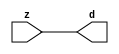

//------> /package/eda/mg/Catapult_10.3d/Mgc_home/pkgs/siflibs/mgc_in_wire_v2.v 
//------------------------------------------------------------------------------
// Catapult Synthesis - Sample I/O Port Library
//
// Copyright (c) 2003-2017 Mentor Graphics Corp.
//       All Rights Reserved
//
// This document may be used and distributed without restriction provided that
// this copyright statement is not removed from the file and that any derivative
// work contains this copyright notice.
//
// The design information contained in this file is intended to be an example
// of the functionality which the end user may study in preparation for creating
// their own custom interfaces. This design does not necessarily present a 
// complete implementation of the named protocol or standard.
//
//------------------------------------------------------------------------------


module mgc_in_wire_v2 (d, z);

  parameter integer rscid = 1;
  parameter integer width = 8;

  output [width-1:0] d;
  input  [width-1:0] z;

  wire   [width-1:0] d;

  assign d = z;

endmodule


//------> /package/eda/mg/Catapult_10.3d/Mgc_home/pkgs/siflibs/ccs_in_v1.v 
//------------------------------------------------------------------------------
// Catapult Synthesis - Sample I/O Port Library
//
// Copyright (c) 2003-2017 Mentor Graphics Corp.
//       All Rights Reserved
//
// This document may be used and distributed without restriction provided that
// this copyright statement is not removed from the file and that any derivative
// work contains this copyright notice.
//
// The design information contained in this file is intended to be an example
// of the functionality which the end user may study in preparation for creating
// their own custom interfaces. This design does not necessarily present a 
// complete implementation of the named protocol or standard.
//
//------------------------------------------------------------------------------


module ccs_in_v1 (idat, dat);

  parameter integer rscid = 1;
  parameter integer width = 8;

  output [width-1:0] idat;
  input  [width-1:0] dat;

  wire   [width-1:0] idat;

  assign idat = dat;

endmodule


//------> /package/eda/mg/Catapult_10.3d/Mgc_home/pkgs/siflibs/ccs_out_v1.v 
//------------------------------------------------------------------------------
// Catapult Synthesis - Sample I/O Port Library
//
// Copyright (c) 2003-2015 Mentor Graphics Corp.
//       All Rights Reserved
//
// This document may be used and distributed without restriction provided that
// this copyright statement is not removed from the file and that any derivative
// work contains this copyright notice.
//
// The design information contained in this file is intended to be an example
// of the functionality which the end user may study in preparation for creating
// their own custom interfaces. This design does not necessarily present a 
// complete implementation of the named protocol or standard.
//
//------------------------------------------------------------------------------

module ccs_out_v1 (dat, idat);

  parameter integer rscid = 1;
  parameter integer width = 8;

  output   [width-1:0] dat;
  input    [width-1:0] idat;

  wire     [width-1:0] dat;

  assign dat = idat;

endmodule




//------> /package/eda/mg/Catapult_10.3d/Mgc_home/pkgs/siflibs/mgc_io_sync_v2.v 
//------------------------------------------------------------------------------
// Catapult Synthesis - Sample I/O Port Library
//
// Copyright (c) 2003-2017 Mentor Graphics Corp.
//       All Rights Reserved
//
// This document may be used and distributed without restriction provided that
// this copyright statement is not removed from the file and that any derivative
// work contains this copyright notice.
//
// The design information contained in this file is intended to be an example
// of the functionality which the end user may study in preparation for creating
// their own custom interfaces. This design does not necessarily present a 
// complete implementation of the named protocol or standard.
//
//------------------------------------------------------------------------------


module mgc_io_sync_v2 (ld, lz);
    parameter valid = 0;

    input  ld;
    output lz;

    wire   lz;

    assign lz = ld;

endmodule


//------> ./rtl.v 
// ----------------------------------------------------------------------
//  HLS HDL:        Verilog Netlister
//  HLS Version:    10.3d/815731 Production Release
//  HLS Date:       Wed Apr 24 14:54:19 PDT 2019
// 
//  Generated by:   695r48@ecegrid-thin4.ecn.purdue.edu
//  Generated date: Wed Nov 10 16:27:37 2021
// ----------------------------------------------------------------------

// 
// ------------------------------------------------------------------
//  Design Unit:    fir_core
// ------------------------------------------------------------------


module fir_core (
  clk, rst, coeffs_rsc_z, coeffs_rsc_triosy_lz, in1_rsc_dat, in1_rsc_triosy_lz, out1_rsc_dat,
      out1_rsc_triosy_lz
);
  input clk;
  input rst;
  input [511:0] coeffs_rsc_z;
  output coeffs_rsc_triosy_lz;
  input [15:0] in1_rsc_dat;
  output in1_rsc_triosy_lz;
  output [15:0] out1_rsc_dat;
  output out1_rsc_triosy_lz;


  // Interconnect Declarations
  wire [511:0] coeffs_rsci_d;
  wire [15:0] in1_rsci_idat;
  reg [15:0] out1_rsci_idat;
  reg out1_rsc_triosy_obj_ld;
  reg main_stage_0_3;
  reg reg_in1_rsc_triosy_obj_ld_cse;
  reg [15:0] regs_1_sva;
  reg [15:0] regs_0_sva;
  reg [15:0] MAC_asn_itm;
  reg [15:0] MAC_asn_62_itm;
  reg [15:0] MAC_asn_64_itm;
  reg [15:0] MAC_asn_65_itm;
  reg [15:0] MAC_asn_66_itm;
  reg [15:0] MAC_asn_67_itm;
  reg [15:0] MAC_asn_68_itm;
  reg [15:0] MAC_asn_69_itm;
  reg [15:0] MAC_asn_70_itm;
  reg [15:0] MAC_asn_71_itm;
  reg [15:0] MAC_asn_72_itm;
  reg [15:0] MAC_asn_73_itm;
  reg [15:0] MAC_asn_74_itm;
  reg [15:0] MAC_asn_75_itm;
  reg [15:0] MAC_asn_76_itm;
  reg [15:0] MAC_asn_77_itm;
  reg [15:0] MAC_asn_78_itm;
  reg [15:0] MAC_asn_79_itm;
  reg [15:0] MAC_asn_80_itm;
  reg [15:0] MAC_asn_81_itm;
  reg [15:0] MAC_asn_82_itm;
  reg [15:0] MAC_asn_83_itm;
  reg [15:0] MAC_asn_84_itm;
  reg [15:0] MAC_asn_85_itm;
  reg [15:0] MAC_asn_86_itm;
  reg [15:0] MAC_asn_87_itm;
  reg [15:0] MAC_asn_88_itm;
  reg [15:0] MAC_asn_89_itm;
  reg [15:0] MAC_asn_90_itm;
  reg [29:0] MAC_1_mul_itm_1;
  wire signed [32:0] nl_MAC_1_mul_itm_1;
  reg [29:0] MAC_2_mul_itm_1;
  wire signed [32:0] nl_MAC_2_mul_itm_1;
  reg [29:0] MAC_3_mul_itm_1;
  wire signed [32:0] nl_MAC_3_mul_itm_1;
  reg [29:0] MAC_4_mul_itm_1;
  wire signed [32:0] nl_MAC_4_mul_itm_1;
  reg [29:0] MAC_5_mul_itm_1;
  wire signed [32:0] nl_MAC_5_mul_itm_1;
  reg [29:0] MAC_6_mul_itm_1;
  wire signed [32:0] nl_MAC_6_mul_itm_1;
  reg [29:0] MAC_7_mul_itm_1;
  wire signed [32:0] nl_MAC_7_mul_itm_1;
  reg [29:0] MAC_8_mul_itm_1;
  wire signed [32:0] nl_MAC_8_mul_itm_1;
  reg [29:0] MAC_acc_17_itm_1;
  wire [30:0] nl_MAC_acc_17_itm_1;
  reg [29:0] MAC_9_mul_itm_1;
  wire signed [32:0] nl_MAC_9_mul_itm_1;
  reg [29:0] MAC_10_mul_itm_1;
  wire signed [32:0] nl_MAC_10_mul_itm_1;
  reg [29:0] MAC_11_mul_itm_1;
  wire signed [32:0] nl_MAC_11_mul_itm_1;
  reg [29:0] MAC_12_mul_itm_1;
  wire signed [32:0] nl_MAC_12_mul_itm_1;
  reg [29:0] MAC_13_mul_itm_1;
  wire signed [32:0] nl_MAC_13_mul_itm_1;
  reg [29:0] MAC_14_mul_itm_1;
  wire signed [32:0] nl_MAC_14_mul_itm_1;
  reg [29:0] MAC_15_mul_itm_1;
  wire signed [32:0] nl_MAC_15_mul_itm_1;
  reg [29:0] MAC_16_mul_itm_1;
  wire signed [32:0] nl_MAC_16_mul_itm_1;
  reg [29:0] MAC_acc_itm_1;
  wire [30:0] nl_MAC_acc_itm_1;

  wire[29:0] MAC_16_acc_2_nl;
  wire[30:0] nl_MAC_16_acc_2_nl;
  wire[29:0] MAC_acc_15_nl;
  wire[30:0] nl_MAC_acc_15_nl;
  wire[29:0] MAC_acc_11_nl;
  wire[30:0] nl_MAC_acc_11_nl;
  wire[29:0] MAC_acc_10_nl;
  wire[30:0] nl_MAC_acc_10_nl;
  wire[29:0] MAC_acc_14_nl;
  wire[30:0] nl_MAC_acc_14_nl;
  wire[29:0] MAC_acc_9_nl;
  wire[30:0] nl_MAC_acc_9_nl;
  wire[29:0] MAC_acc_8_nl;
  wire[30:0] nl_MAC_acc_8_nl;
  wire[29:0] MAC_acc_13_nl;
  wire[30:0] nl_MAC_acc_13_nl;
  wire[29:0] MAC_acc_7_nl;
  wire[30:0] nl_MAC_acc_7_nl;
  wire[29:0] MAC_acc_6_nl;
  wire[30:0] nl_MAC_acc_6_nl;
  wire[29:0] MAC_acc_16_nl;
  wire[30:0] nl_MAC_acc_16_nl;
  wire[29:0] MAC_acc_5_nl;
  wire[30:0] nl_MAC_acc_5_nl;
  wire[29:0] MAC_acc_12_nl;
  wire[30:0] nl_MAC_acc_12_nl;
  wire[16:0] MAC_9_acc_3_nl;
  wire[17:0] nl_MAC_9_acc_3_nl;
  wire[16:0] MAC_10_acc_3_nl;
  wire[17:0] nl_MAC_10_acc_3_nl;
  wire[16:0] MAC_11_acc_3_nl;
  wire[17:0] nl_MAC_11_acc_3_nl;
  wire[16:0] MAC_12_acc_3_nl;
  wire[17:0] nl_MAC_12_acc_3_nl;
  wire[16:0] MAC_13_acc_3_nl;
  wire[17:0] nl_MAC_13_acc_3_nl;
  wire[16:0] MAC_14_acc_3_nl;
  wire[17:0] nl_MAC_14_acc_3_nl;
  wire[16:0] MAC_15_acc_3_nl;
  wire[17:0] nl_MAC_15_acc_3_nl;
  wire[16:0] MAC_16_acc_3_nl;
  wire[17:0] nl_MAC_16_acc_3_nl;
  wire[16:0] MAC_1_acc_3_nl;
  wire[17:0] nl_MAC_1_acc_3_nl;
  wire[16:0] MAC_2_acc_3_nl;
  wire[17:0] nl_MAC_2_acc_3_nl;
  wire[16:0] MAC_3_acc_3_nl;
  wire[17:0] nl_MAC_3_acc_3_nl;
  wire[16:0] MAC_4_acc_3_nl;
  wire[17:0] nl_MAC_4_acc_3_nl;
  wire[16:0] MAC_5_acc_3_nl;
  wire[17:0] nl_MAC_5_acc_3_nl;
  wire[16:0] MAC_6_acc_3_nl;
  wire[17:0] nl_MAC_6_acc_3_nl;
  wire[16:0] MAC_7_acc_3_nl;
  wire[17:0] nl_MAC_7_acc_3_nl;
  wire[16:0] MAC_8_acc_3_nl;
  wire[17:0] nl_MAC_8_acc_3_nl;

  // Interconnect Declarations for Component Instantiations 
  mgc_in_wire_v2 #(.rscid(32'sd1),
  .width(32'sd512)) coeffs_rsci (
      .d(coeffs_rsci_d),
      .z(coeffs_rsc_z)
    );
  ccs_in_v1 #(.rscid(32'sd2),
  .width(32'sd16)) in1_rsci (
      .dat(in1_rsc_dat),
      .idat(in1_rsci_idat)
    );
  ccs_out_v1 #(.rscid(32'sd3),
  .width(32'sd16)) out1_rsci (
      .idat(out1_rsci_idat),
      .dat(out1_rsc_dat)
    );
  mgc_io_sync_v2 #(.valid(32'sd0)) coeffs_rsc_triosy_obj (
      .ld(reg_in1_rsc_triosy_obj_ld_cse),
      .lz(coeffs_rsc_triosy_lz)
    );
  mgc_io_sync_v2 #(.valid(32'sd0)) in1_rsc_triosy_obj (
      .ld(reg_in1_rsc_triosy_obj_ld_cse),
      .lz(in1_rsc_triosy_lz)
    );
  mgc_io_sync_v2 #(.valid(32'sd0)) out1_rsc_triosy_obj (
      .ld(out1_rsc_triosy_obj_ld),
      .lz(out1_rsc_triosy_lz)
    );
  always @(posedge clk) begin
    if ( rst ) begin
      out1_rsc_triosy_obj_ld <= 1'b0;
      MAC_acc_17_itm_1 <= 30'b000000000000000000000000000000;
      MAC_acc_itm_1 <= 30'b000000000000000000000000000000;
      reg_in1_rsc_triosy_obj_ld_cse <= 1'b0;
      main_stage_0_3 <= 1'b0;
      MAC_9_mul_itm_1 <= 30'b000000000000000000000000000000;
      MAC_10_mul_itm_1 <= 30'b000000000000000000000000000000;
      MAC_11_mul_itm_1 <= 30'b000000000000000000000000000000;
      MAC_12_mul_itm_1 <= 30'b000000000000000000000000000000;
      MAC_13_mul_itm_1 <= 30'b000000000000000000000000000000;
      MAC_14_mul_itm_1 <= 30'b000000000000000000000000000000;
      MAC_15_mul_itm_1 <= 30'b000000000000000000000000000000;
      MAC_16_mul_itm_1 <= 30'b000000000000000000000000000000;
      MAC_1_mul_itm_1 <= 30'b000000000000000000000000000000;
      MAC_2_mul_itm_1 <= 30'b000000000000000000000000000000;
      MAC_3_mul_itm_1 <= 30'b000000000000000000000000000000;
      MAC_4_mul_itm_1 <= 30'b000000000000000000000000000000;
      MAC_5_mul_itm_1 <= 30'b000000000000000000000000000000;
      MAC_6_mul_itm_1 <= 30'b000000000000000000000000000000;
      MAC_7_mul_itm_1 <= 30'b000000000000000000000000000000;
      MAC_8_mul_itm_1 <= 30'b000000000000000000000000000000;
      MAC_asn_89_itm <= 16'b0000000000000000;
      MAC_asn_90_itm <= 16'b0000000000000000;
      MAC_asn_87_itm <= 16'b0000000000000000;
      MAC_asn_88_itm <= 16'b0000000000000000;
      MAC_asn_85_itm <= 16'b0000000000000000;
      MAC_asn_86_itm <= 16'b0000000000000000;
      MAC_asn_83_itm <= 16'b0000000000000000;
      MAC_asn_84_itm <= 16'b0000000000000000;
      MAC_asn_81_itm <= 16'b0000000000000000;
      MAC_asn_82_itm <= 16'b0000000000000000;
      MAC_asn_79_itm <= 16'b0000000000000000;
      MAC_asn_80_itm <= 16'b0000000000000000;
      MAC_asn_77_itm <= 16'b0000000000000000;
      MAC_asn_78_itm <= 16'b0000000000000000;
      MAC_asn_75_itm <= 16'b0000000000000000;
      MAC_asn_76_itm <= 16'b0000000000000000;
      MAC_asn_73_itm <= 16'b0000000000000000;
      MAC_asn_74_itm <= 16'b0000000000000000;
      MAC_asn_71_itm <= 16'b0000000000000000;
      MAC_asn_72_itm <= 16'b0000000000000000;
      MAC_asn_69_itm <= 16'b0000000000000000;
      MAC_asn_70_itm <= 16'b0000000000000000;
      MAC_asn_67_itm <= 16'b0000000000000000;
      MAC_asn_68_itm <= 16'b0000000000000000;
      MAC_asn_65_itm <= 16'b0000000000000000;
      MAC_asn_66_itm <= 16'b0000000000000000;
      MAC_asn_itm <= 16'b0000000000000000;
      regs_1_sva <= 16'b0000000000000000;
      MAC_asn_64_itm <= 16'b0000000000000000;
      regs_0_sva <= 16'b0000000000000000;
      MAC_asn_62_itm <= 16'b0000000000000000;
    end
    else begin
      out1_rsc_triosy_obj_ld <= main_stage_0_3;
      MAC_acc_17_itm_1 <= nl_MAC_acc_17_itm_1[29:0];
      MAC_acc_itm_1 <= nl_MAC_acc_itm_1[29:0];
      reg_in1_rsc_triosy_obj_ld_cse <= 1'b1;
      main_stage_0_3 <= reg_in1_rsc_triosy_obj_ld_cse;
      MAC_9_mul_itm_1 <= nl_MAC_9_mul_itm_1[29:0];
      MAC_10_mul_itm_1 <= nl_MAC_10_mul_itm_1[29:0];
      MAC_11_mul_itm_1 <= nl_MAC_11_mul_itm_1[29:0];
      MAC_12_mul_itm_1 <= nl_MAC_12_mul_itm_1[29:0];
      MAC_13_mul_itm_1 <= nl_MAC_13_mul_itm_1[29:0];
      MAC_14_mul_itm_1 <= nl_MAC_14_mul_itm_1[29:0];
      MAC_15_mul_itm_1 <= nl_MAC_15_mul_itm_1[29:0];
      MAC_16_mul_itm_1 <= nl_MAC_16_mul_itm_1[29:0];
      MAC_1_mul_itm_1 <= nl_MAC_1_mul_itm_1[29:0];
      MAC_2_mul_itm_1 <= nl_MAC_2_mul_itm_1[29:0];
      MAC_3_mul_itm_1 <= nl_MAC_3_mul_itm_1[29:0];
      MAC_4_mul_itm_1 <= nl_MAC_4_mul_itm_1[29:0];
      MAC_5_mul_itm_1 <= nl_MAC_5_mul_itm_1[29:0];
      MAC_6_mul_itm_1 <= nl_MAC_6_mul_itm_1[29:0];
      MAC_7_mul_itm_1 <= nl_MAC_7_mul_itm_1[29:0];
      MAC_8_mul_itm_1 <= nl_MAC_8_mul_itm_1[29:0];
      MAC_asn_89_itm <= MAC_asn_87_itm;
      MAC_asn_90_itm <= MAC_asn_89_itm;
      MAC_asn_87_itm <= MAC_asn_85_itm;
      MAC_asn_88_itm <= MAC_asn_90_itm;
      MAC_asn_85_itm <= MAC_asn_83_itm;
      MAC_asn_86_itm <= MAC_asn_88_itm;
      MAC_asn_83_itm <= MAC_asn_81_itm;
      MAC_asn_84_itm <= MAC_asn_86_itm;
      MAC_asn_81_itm <= MAC_asn_79_itm;
      MAC_asn_82_itm <= MAC_asn_84_itm;
      MAC_asn_79_itm <= MAC_asn_77_itm;
      MAC_asn_80_itm <= MAC_asn_82_itm;
      MAC_asn_77_itm <= MAC_asn_75_itm;
      MAC_asn_78_itm <= MAC_asn_80_itm;
      MAC_asn_75_itm <= MAC_asn_73_itm;
      MAC_asn_76_itm <= MAC_asn_78_itm;
      MAC_asn_73_itm <= MAC_asn_71_itm;
      MAC_asn_74_itm <= MAC_asn_76_itm;
      MAC_asn_71_itm <= MAC_asn_69_itm;
      MAC_asn_72_itm <= MAC_asn_74_itm;
      MAC_asn_69_itm <= MAC_asn_67_itm;
      MAC_asn_70_itm <= MAC_asn_72_itm;
      MAC_asn_67_itm <= MAC_asn_65_itm;
      MAC_asn_68_itm <= MAC_asn_70_itm;
      MAC_asn_65_itm <= regs_1_sva;
      MAC_asn_66_itm <= MAC_asn_68_itm;
      MAC_asn_itm <= MAC_asn_62_itm;
      regs_1_sva <= regs_0_sva;
      MAC_asn_64_itm <= MAC_asn_66_itm;
      regs_0_sva <= in1_rsci_idat;
      MAC_asn_62_itm <= MAC_asn_64_itm;
    end
  end
  always @(posedge clk) begin
    if ( rst ) begin
      out1_rsci_idat <= 16'b0000000000000000;
    end
    else if ( main_stage_0_3 ) begin
      out1_rsci_idat <= readslicef_30_16_14((MAC_16_acc_2_nl));
    end
  end
  assign nl_MAC_acc_11_nl = MAC_1_mul_itm_1 + MAC_2_mul_itm_1;
  assign MAC_acc_11_nl = nl_MAC_acc_11_nl[29:0];
  assign nl_MAC_acc_10_nl = MAC_3_mul_itm_1 + MAC_4_mul_itm_1;
  assign MAC_acc_10_nl = nl_MAC_acc_10_nl[29:0];
  assign nl_MAC_acc_15_nl = (MAC_acc_11_nl) + (MAC_acc_10_nl);
  assign MAC_acc_15_nl = nl_MAC_acc_15_nl[29:0];
  assign nl_MAC_acc_9_nl = MAC_5_mul_itm_1 + MAC_6_mul_itm_1;
  assign MAC_acc_9_nl = nl_MAC_acc_9_nl[29:0];
  assign nl_MAC_acc_8_nl = MAC_7_mul_itm_1 + MAC_8_mul_itm_1;
  assign MAC_acc_8_nl = nl_MAC_acc_8_nl[29:0];
  assign nl_MAC_acc_14_nl = (MAC_acc_9_nl) + (MAC_acc_8_nl);
  assign MAC_acc_14_nl = nl_MAC_acc_14_nl[29:0];
  assign nl_MAC_acc_17_itm_1  = (MAC_acc_15_nl) + (MAC_acc_14_nl);
  assign nl_MAC_acc_7_nl = MAC_9_mul_itm_1 + MAC_10_mul_itm_1;
  assign MAC_acc_7_nl = nl_MAC_acc_7_nl[29:0];
  assign nl_MAC_acc_6_nl = MAC_11_mul_itm_1 + MAC_12_mul_itm_1;
  assign MAC_acc_6_nl = nl_MAC_acc_6_nl[29:0];
  assign nl_MAC_acc_13_nl = (MAC_acc_7_nl) + (MAC_acc_6_nl);
  assign MAC_acc_13_nl = nl_MAC_acc_13_nl[29:0];
  assign nl_MAC_acc_5_nl = MAC_13_mul_itm_1 + MAC_14_mul_itm_1;
  assign MAC_acc_5_nl = nl_MAC_acc_5_nl[29:0];
  assign nl_MAC_acc_12_nl = MAC_15_mul_itm_1 + MAC_16_mul_itm_1;
  assign MAC_acc_12_nl = nl_MAC_acc_12_nl[29:0];
  assign nl_MAC_acc_16_nl = (MAC_acc_5_nl) + (MAC_acc_12_nl);
  assign MAC_acc_16_nl = nl_MAC_acc_16_nl[29:0];
  assign nl_MAC_acc_itm_1  = (MAC_acc_13_nl) + (MAC_acc_16_nl);
  assign nl_MAC_9_acc_3_nl = conv_s2s_16_17(MAC_asn_75_itm) + conv_s2s_16_17(MAC_asn_76_itm);
  assign MAC_9_acc_3_nl = nl_MAC_9_acc_3_nl[16:0];
  assign nl_MAC_9_mul_itm_1  = $signed((MAC_9_acc_3_nl)) * $signed((coeffs_rsci_d[143:128]));
  assign nl_MAC_10_acc_3_nl = conv_s2s_16_17(MAC_asn_77_itm) + conv_s2s_16_17(MAC_asn_78_itm);
  assign MAC_10_acc_3_nl = nl_MAC_10_acc_3_nl[16:0];
  assign nl_MAC_10_mul_itm_1  = $signed((MAC_10_acc_3_nl)) * $signed((coeffs_rsci_d[159:144]));
  assign nl_MAC_11_acc_3_nl = conv_s2s_16_17(MAC_asn_79_itm) + conv_s2s_16_17(MAC_asn_80_itm);
  assign MAC_11_acc_3_nl = nl_MAC_11_acc_3_nl[16:0];
  assign nl_MAC_11_mul_itm_1  = $signed((MAC_11_acc_3_nl)) * $signed((coeffs_rsci_d[175:160]));
  assign nl_MAC_12_acc_3_nl = conv_s2s_16_17(MAC_asn_81_itm) + conv_s2s_16_17(MAC_asn_82_itm);
  assign MAC_12_acc_3_nl = nl_MAC_12_acc_3_nl[16:0];
  assign nl_MAC_12_mul_itm_1  = $signed((MAC_12_acc_3_nl)) * $signed((coeffs_rsci_d[191:176]));
  assign nl_MAC_13_acc_3_nl = conv_s2s_16_17(MAC_asn_83_itm) + conv_s2s_16_17(MAC_asn_84_itm);
  assign MAC_13_acc_3_nl = nl_MAC_13_acc_3_nl[16:0];
  assign nl_MAC_13_mul_itm_1  = $signed((MAC_13_acc_3_nl)) * $signed((coeffs_rsci_d[207:192]));
  assign nl_MAC_14_acc_3_nl = conv_s2s_16_17(MAC_asn_85_itm) + conv_s2s_16_17(MAC_asn_86_itm);
  assign MAC_14_acc_3_nl = nl_MAC_14_acc_3_nl[16:0];
  assign nl_MAC_14_mul_itm_1  = $signed((MAC_14_acc_3_nl)) * $signed((coeffs_rsci_d[223:208]));
  assign nl_MAC_15_acc_3_nl = conv_s2s_16_17(MAC_asn_87_itm) + conv_s2s_16_17(MAC_asn_88_itm);
  assign MAC_15_acc_3_nl = nl_MAC_15_acc_3_nl[16:0];
  assign nl_MAC_15_mul_itm_1  = $signed((MAC_15_acc_3_nl)) * $signed((coeffs_rsci_d[239:224]));
  assign nl_MAC_16_acc_3_nl = conv_s2s_16_17(MAC_asn_89_itm) + conv_s2s_16_17(MAC_asn_90_itm);
  assign MAC_16_acc_3_nl = nl_MAC_16_acc_3_nl[16:0];
  assign nl_MAC_16_mul_itm_1  = $signed((MAC_16_acc_3_nl)) * $signed((coeffs_rsci_d[255:240]));
  assign nl_MAC_1_acc_3_nl = conv_s2s_16_17(in1_rsci_idat) + conv_s2s_16_17(MAC_asn_itm);
  assign MAC_1_acc_3_nl = nl_MAC_1_acc_3_nl[16:0];
  assign nl_MAC_1_mul_itm_1  = $signed((MAC_1_acc_3_nl)) * $signed((coeffs_rsci_d[15:0]));
  assign nl_MAC_2_acc_3_nl = conv_s2s_16_17(regs_0_sva) + conv_s2s_16_17(MAC_asn_62_itm);
  assign MAC_2_acc_3_nl = nl_MAC_2_acc_3_nl[16:0];
  assign nl_MAC_2_mul_itm_1  = $signed((MAC_2_acc_3_nl)) * $signed((coeffs_rsci_d[31:16]));
  assign nl_MAC_3_acc_3_nl = conv_s2s_16_17(regs_1_sva) + conv_s2s_16_17(MAC_asn_64_itm);
  assign MAC_3_acc_3_nl = nl_MAC_3_acc_3_nl[16:0];
  assign nl_MAC_3_mul_itm_1  = $signed((MAC_3_acc_3_nl)) * $signed((coeffs_rsci_d[47:32]));
  assign nl_MAC_4_acc_3_nl = conv_s2s_16_17(MAC_asn_65_itm) + conv_s2s_16_17(MAC_asn_66_itm);
  assign MAC_4_acc_3_nl = nl_MAC_4_acc_3_nl[16:0];
  assign nl_MAC_4_mul_itm_1  = $signed((MAC_4_acc_3_nl)) * $signed((coeffs_rsci_d[63:48]));
  assign nl_MAC_5_acc_3_nl = conv_s2s_16_17(MAC_asn_67_itm) + conv_s2s_16_17(MAC_asn_68_itm);
  assign MAC_5_acc_3_nl = nl_MAC_5_acc_3_nl[16:0];
  assign nl_MAC_5_mul_itm_1  = $signed((MAC_5_acc_3_nl)) * $signed((coeffs_rsci_d[79:64]));
  assign nl_MAC_6_acc_3_nl = conv_s2s_16_17(MAC_asn_69_itm) + conv_s2s_16_17(MAC_asn_70_itm);
  assign MAC_6_acc_3_nl = nl_MAC_6_acc_3_nl[16:0];
  assign nl_MAC_6_mul_itm_1  = $signed((MAC_6_acc_3_nl)) * $signed((coeffs_rsci_d[95:80]));
  assign nl_MAC_7_acc_3_nl = conv_s2s_16_17(MAC_asn_71_itm) + conv_s2s_16_17(MAC_asn_72_itm);
  assign MAC_7_acc_3_nl = nl_MAC_7_acc_3_nl[16:0];
  assign nl_MAC_7_mul_itm_1  = $signed((MAC_7_acc_3_nl)) * $signed((coeffs_rsci_d[111:96]));
  assign nl_MAC_8_acc_3_nl = conv_s2s_16_17(MAC_asn_73_itm) + conv_s2s_16_17(MAC_asn_74_itm);
  assign MAC_8_acc_3_nl = nl_MAC_8_acc_3_nl[16:0];
  assign nl_MAC_8_mul_itm_1  = $signed((MAC_8_acc_3_nl)) * $signed((coeffs_rsci_d[127:112]));
  assign nl_MAC_16_acc_2_nl = MAC_acc_17_itm_1 + MAC_acc_itm_1;
  assign MAC_16_acc_2_nl = nl_MAC_16_acc_2_nl[29:0];

  function automatic [15:0] readslicef_30_16_14;
    input [29:0] vector;
    reg [29:0] tmp;
  begin
    tmp = vector >> 14;
    readslicef_30_16_14 = tmp[15:0];
  end
  endfunction


  function automatic [16:0] conv_s2s_16_17 ;
    input [15:0]  vector ;
  begin
    conv_s2s_16_17 = {vector[15], vector};
  end
  endfunction

endmodule

// ------------------------------------------------------------------
//  Design Unit:    fir
// ------------------------------------------------------------------


module fir (
  clk, rst, coeffs_rsc_z, coeffs_rsc_triosy_lz, in1_rsc_dat, in1_rsc_triosy_lz, out1_rsc_dat,
      out1_rsc_triosy_lz
);
  input clk;
  input rst;
  input [511:0] coeffs_rsc_z;
  output coeffs_rsc_triosy_lz;
  input [15:0] in1_rsc_dat;
  output in1_rsc_triosy_lz;
  output [15:0] out1_rsc_dat;
  output out1_rsc_triosy_lz;



  // Interconnect Declarations for Component Instantiations 
  fir_core fir_core_inst (
      .clk(clk),
      .rst(rst),
      .coeffs_rsc_z(coeffs_rsc_z),
      .coeffs_rsc_triosy_lz(coeffs_rsc_triosy_lz),
      .in1_rsc_dat(in1_rsc_dat),
      .in1_rsc_triosy_lz(in1_rsc_triosy_lz),
      .out1_rsc_dat(out1_rsc_dat),
      .out1_rsc_triosy_lz(out1_rsc_triosy_lz)
    );
endmodule